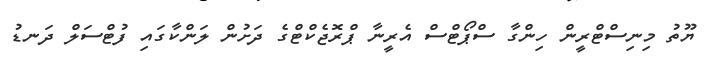
ޔޫތު މިނިސްޓްރީން ހިންގާ ސްޕޯޓްސް އެރީނާ ޕްރޮޖެކްޓްގެ ދަށުން ލަންކާގައި ފުޓްސަލް ދަނޑު